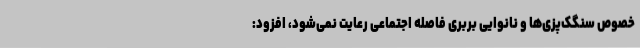
خصوص سنگک‌پزی‌ها و نانوایی بربری فاصله اجتماعی رعایت نمی‌شود، افزود: